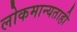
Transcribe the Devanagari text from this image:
लोकमान्यताही